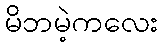
မိဘမဲ့ကလေး